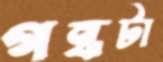
গন্ধটা